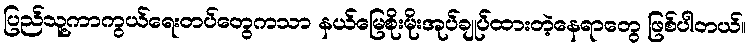
ပြည်သူ့ကာကွယ်ရေးတပ်တွေကသာ နယ်မြေစိုးမိုးအုပ်ချုပ်ထားတဲ့နေရာတွေ ဖြစ်ပါတယ်။